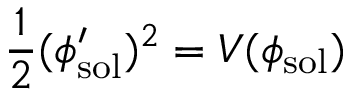
\frac { 1 } { 2 } ( \phi _ { \mathrm { s o l } } ^ { \prime } ) ^ { 2 } = V ( \phi _ { \mathrm { s o l } } )